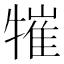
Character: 𤛍